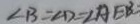
\angle B = \angle D = \angle A E B